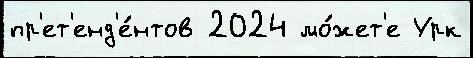
пр'ет'енд'е́нтов 2024 мо́жет'е Урк